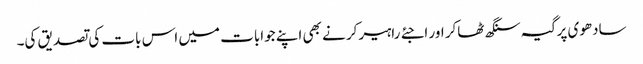
سادھوی پرگیہ سنگھ ٹھاکر اور اجئے راہیرکر نے بھی اپنے جوابات میں اس بات کی تصدیق کی۔